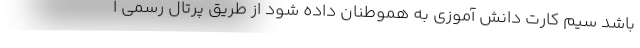
باشد سیم کارت دانش آموزی به هموطنان داده شود از طریق پرتال رسمی ا